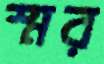
স্মর